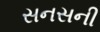
સનસની